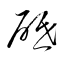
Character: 砥